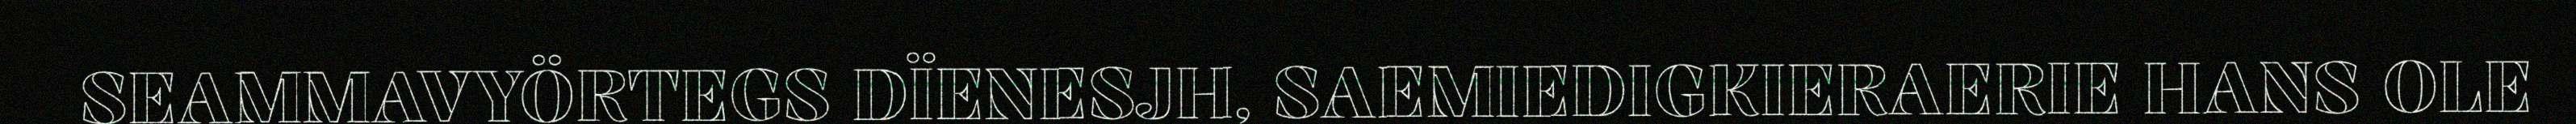
SEAMMAVYÖRTEGS DÏENESJH, SAEMIEDIGKIERAERIE HANS OLE